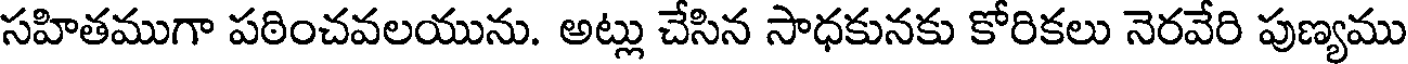
సహితముగా పఠించవలయును. అట్లు చేసిన సాధకునకు కోరికలు నెరవేరి పుణ్యము